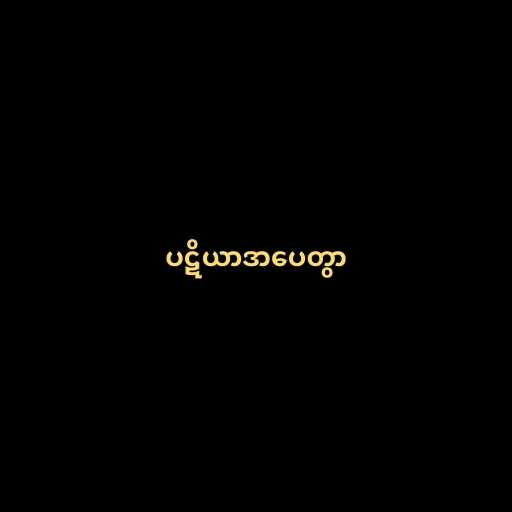
ပဋိယာဒာပေတွာ